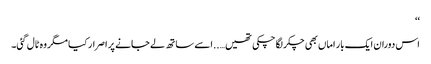
‘‘
اس دوران ایک بار اماں بھی چکر لگا چکی تھیں…..اسے ساتھ لے جانے پر اصرار کیا مگر وہ ٹال گئی۔